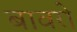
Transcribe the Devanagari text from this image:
बावरो